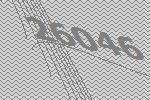
26046